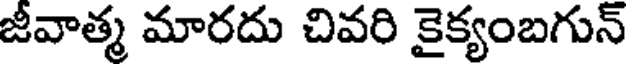
జీవాత్మ మారదు చివరి కైక్యంబగున్